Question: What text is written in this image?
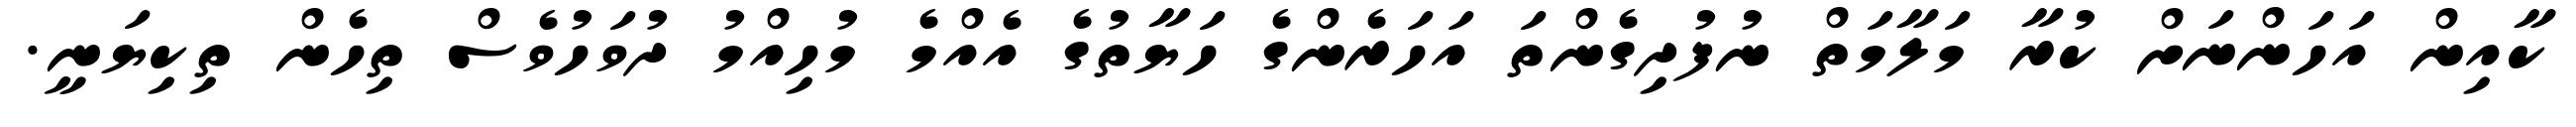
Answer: ކާއިން އަހަންނަށް ކުރާ މަލާމަތް ނުފުދިގެންތަ އަހަރެންގެ ހަޔާތުގެ އެއްމެ މުހިއްމު ދުވަހުވެސް ތިހެން ތިކިޔަނީ.